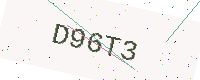
Text: D96T3